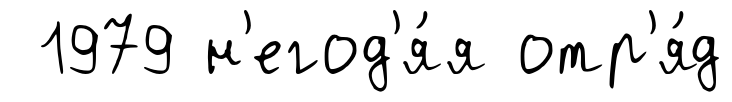
1979 н'егод'я́я отр'я́д